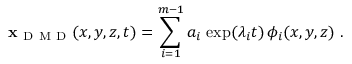
{ \bf x } _ { \mathrm { ~ D ~ M ~ D ~ } } ( x , y , z , t ) = \sum _ { i = 1 } ^ { m - 1 } a _ { i } \, \exp ( \lambda _ { i } t ) \, \phi _ { i } ( x , y , z ) \mathrm { ~ . ~ }